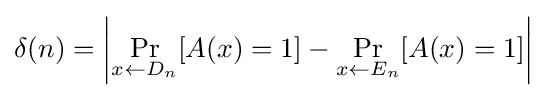
\delta (n)=\left|\Pr _{x\gets D_{n}}[A(x)=1]-\Pr _{x\gets E_{n}}[A(x)=1]\right|